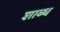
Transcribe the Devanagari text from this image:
शाब्ध